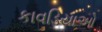
કાવડિયાઓ